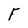
Character: F